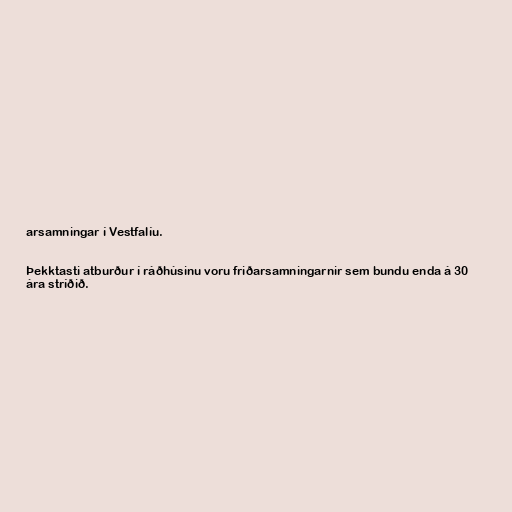
arsamningar í Vestfalíu.

Þekktasti atburður í ráðhúsinu voru friðarsamningarnir sem bundu enda á 30
ára stríðið.